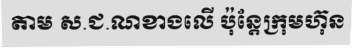
តាម ស.ជ.ណខាងលើ ប៉ុន្តែក្រុមហ៊ុន